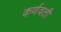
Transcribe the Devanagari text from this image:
कर्णवती